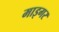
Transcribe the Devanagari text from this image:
माइगर